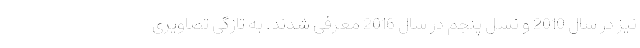
نیز در سال 2010 و نسل پنجم در سال 2016 معرفی شدند. به تازگی تصاویری